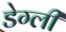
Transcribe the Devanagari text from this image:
डेग्ली